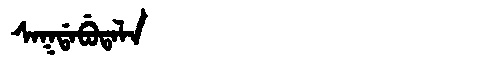
Manchu: ᠰᠠᡴᡩᠠᠪᡠᡨᠠᠯᠠ
Romanization: SAKDABUTALA